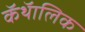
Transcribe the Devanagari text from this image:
कॅथॅालिक